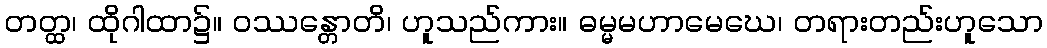
တတ္ထ၊ ထိုဂါထာ၌။ ဝဿန္တောတိ၊ ဟူသည်ကား။ ဓမ္မမဟာမေဃေ၊ တရားတည်းဟူသော